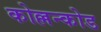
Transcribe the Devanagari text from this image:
कोल्लन्कोड